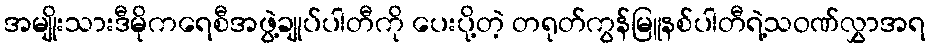
အမျိုးသားဒီမိုကရေစီအဖွဲ့ချုပ်ပါတီကို ပေးပို့တဲ့ တရုတ်ကွန်မြူနစ်ပါတီရဲ့သဝဏ်လွှာအရ